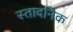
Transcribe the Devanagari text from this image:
स्तादनिक